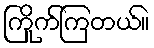
ကြိုက်ကြတယ်။